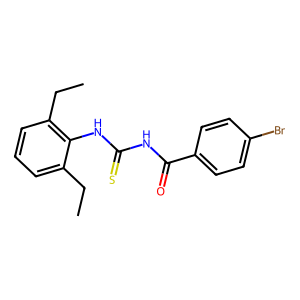
SMILES: CCc1cccc(CC)c1NC(=S)NC(=O)c1ccc(Br)cc1
Inhibits HIV replication: No